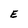
Character: E